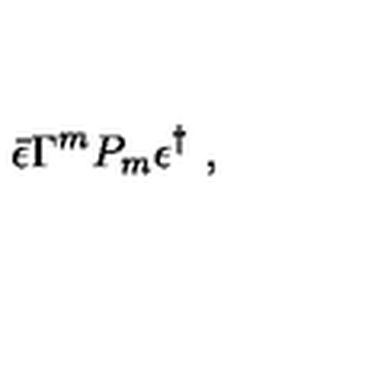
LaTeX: \bar { \epsilon } \Gamma ^ { m } P _ { m } \epsilon ^ { \dag } \ ,